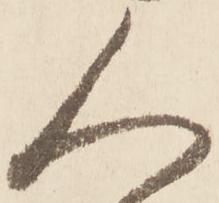
人